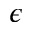
\epsilon